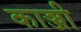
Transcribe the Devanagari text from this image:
काञ्जी